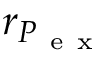
r _ { P _ { \mathrm { ~ e ~ x ~ } } }